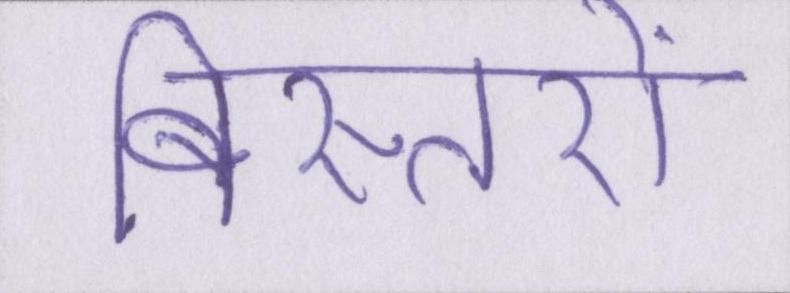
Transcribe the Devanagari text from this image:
बिस्तरों